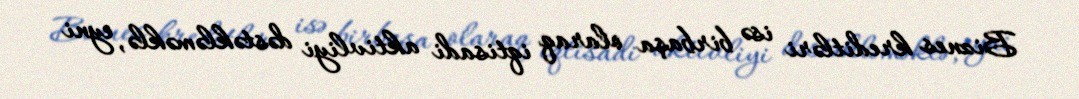
Biznes kreditləri isə birbaşa olaraq iqtisadi aktivliyi dəstəkləməklə, eyni